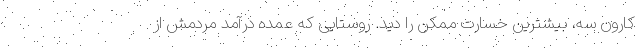
کارون سه، بیشترین خسارت ممکن را دید. روستایی که عمده درآمد مردمش از